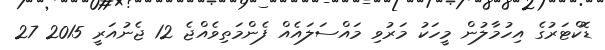
ޑޮކްޓަރުގެ އިހުމާލުން މީހަކު މަރުވި މައްސަލައެއް ފެންމަތިވެއްޖެ 12 ޖެނުއަރީ 2015 27